Tartu_linnavalitsus, lk 104
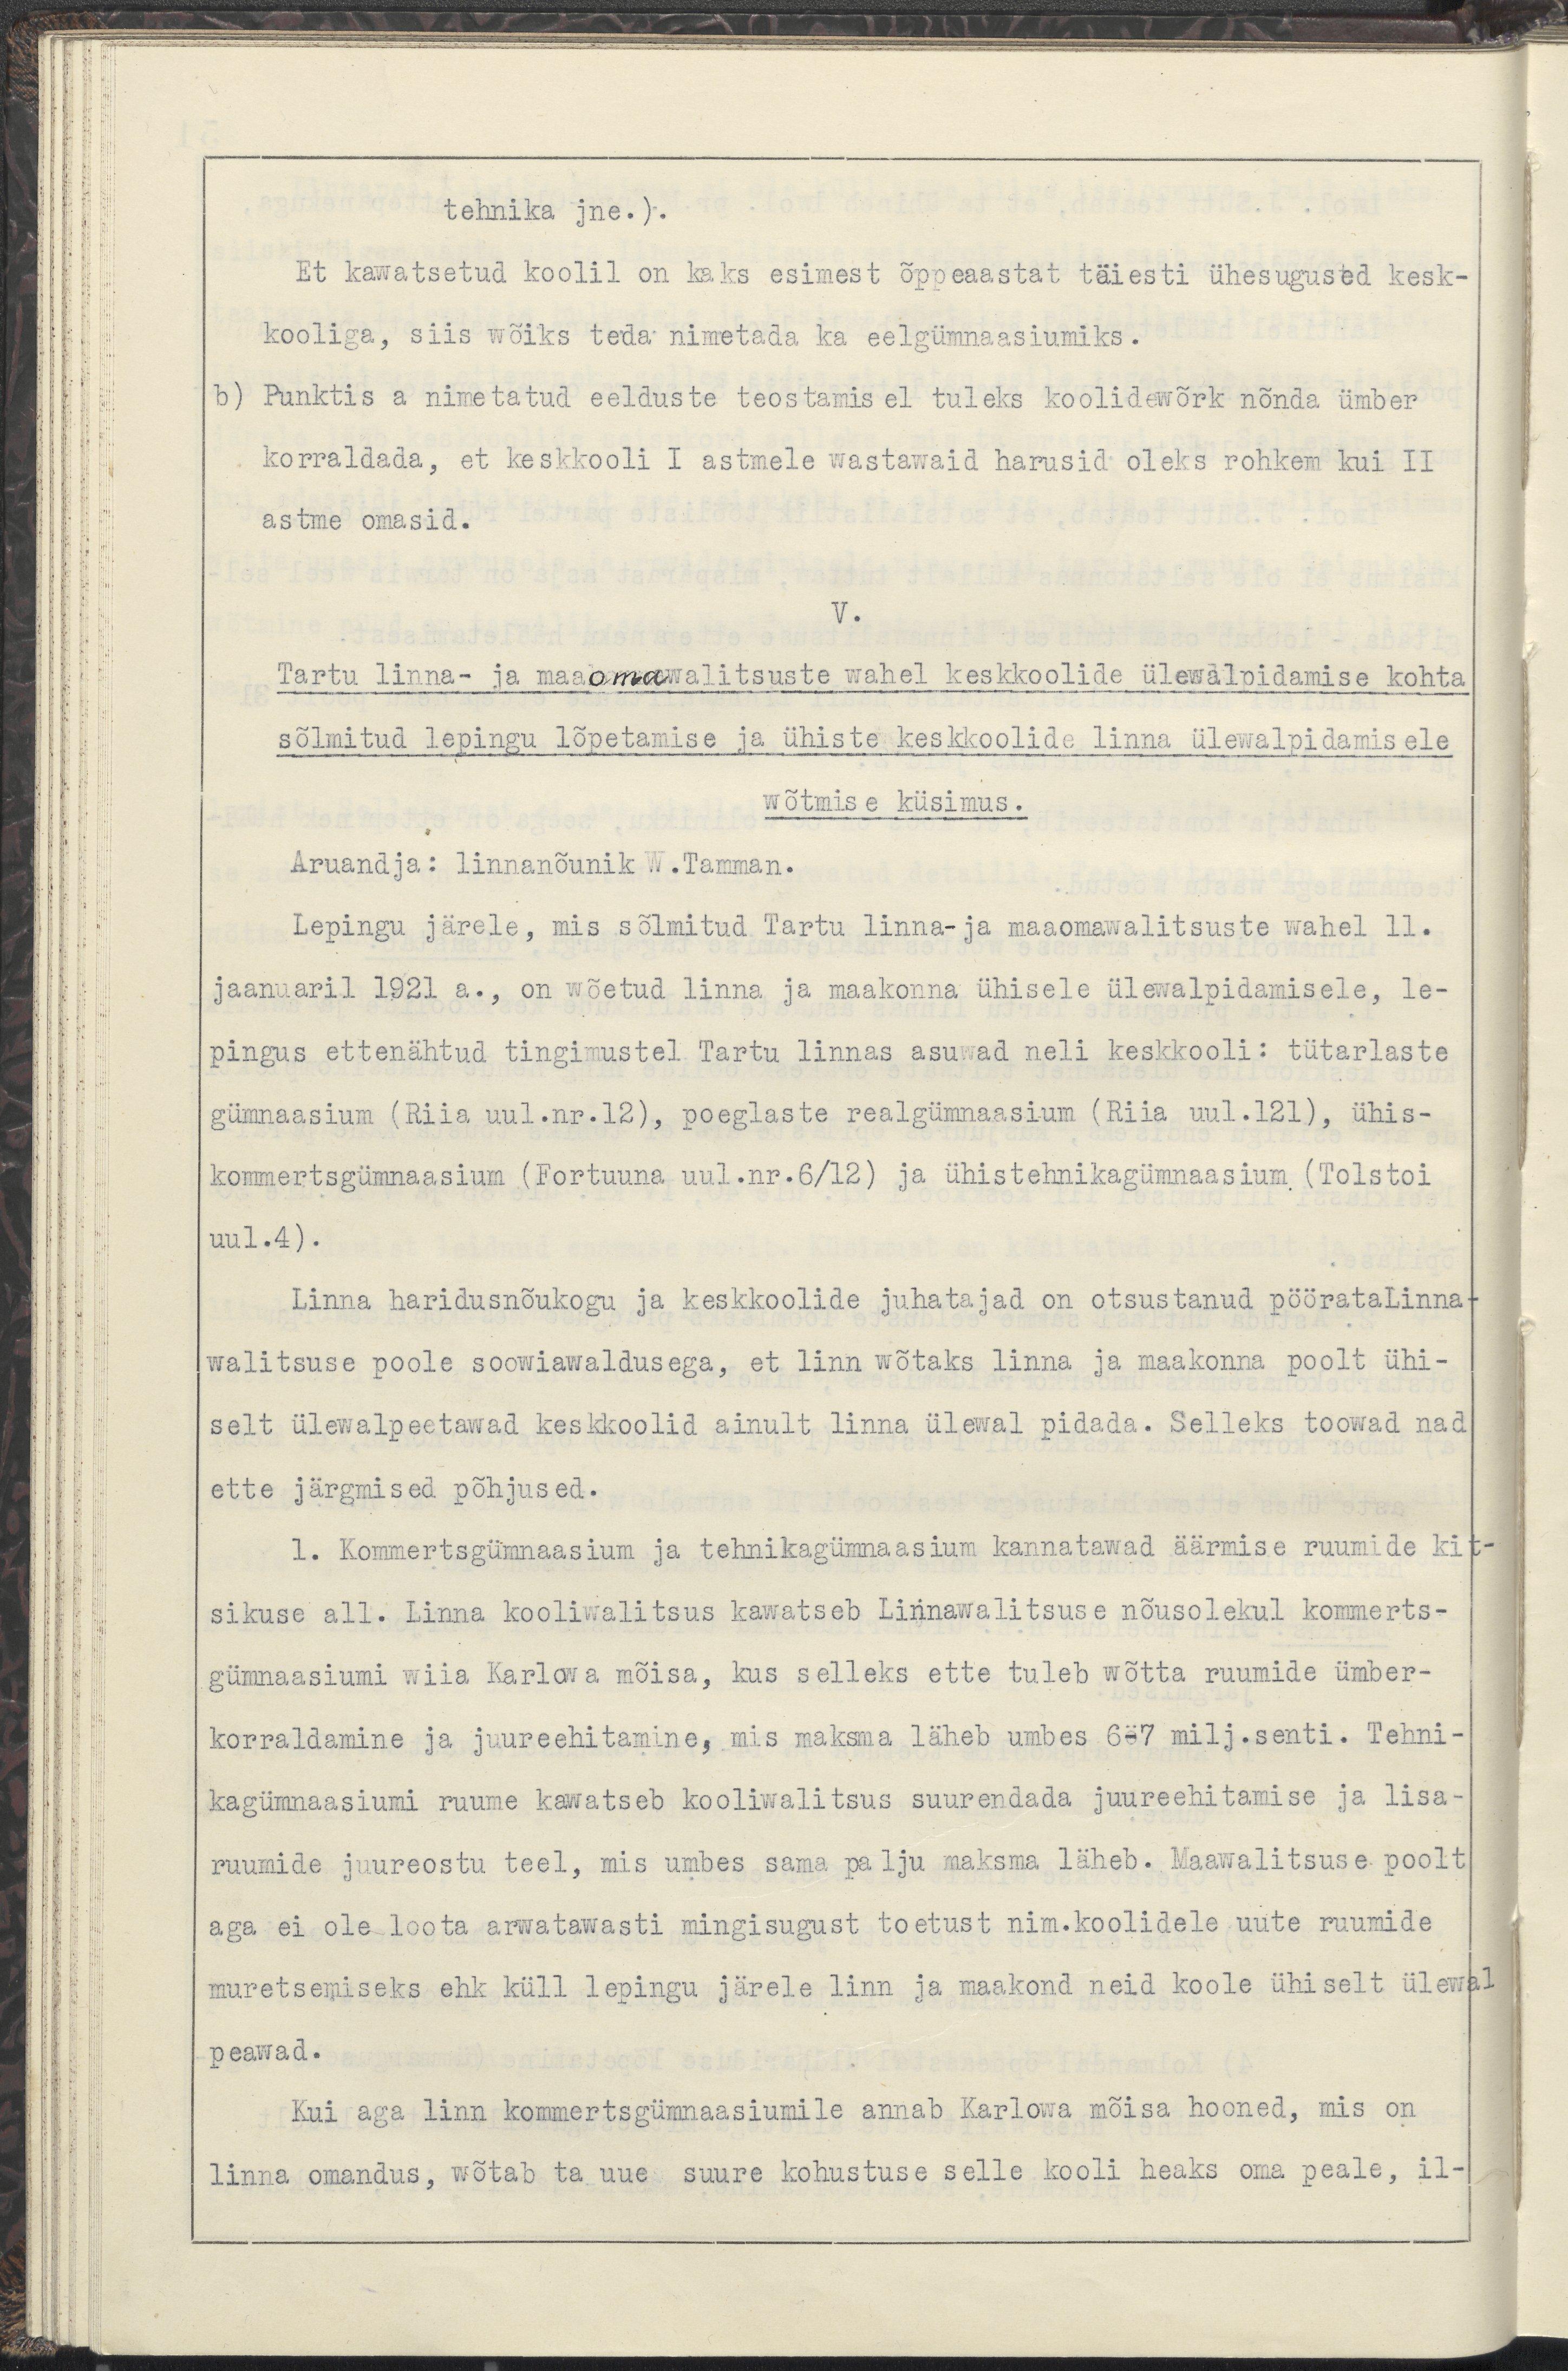
tehnika jne.).
Et kawatsetud koolil on kaks esimest õppeaastat täiesti ühesugused kesk-
kooliga, siis wõiks teda nimetada ka eelgümnaasiumiks.
b) Punktis a nimetatud eelduste teostumisel tuleks koolidewõrk nõnda ümber
korraldada, et keskkooli I astmele wastawaid harusid oleks rohkem kui II 
astme omasid.
V.
Tartu linna-ja maaomawalitsuste wahel keskkoolide ülewalpidamise kohta
sõlmitud lepingu lõpetamise ja ühiste keskkoolide linna ülewalpidamisele 
wõtmise küsimus. 
Aruandja: Linnanõunik W.Tamman.
Lepingu järele, mis sõlmitud Tartu linna- ja maaomawalitsuste wahel 11.
jaanuaril 1921 a., on wõetud linna ja maakonna ühisele ülewalpidamisele, le-
pingus ettenähtud tingimustel Tartu linnas asuwad neli keskkooli: tütarlaste
gümnaasium (Riia uul.nr.12) poeglaste reaalgümnaasium (Riia uul.121), ühis-
kommertsgümnaasium (Fortuuna uul.nr.6/12) ja ühistehnikagümnaasium (Tolstoi
uul.4).
Linna haridusnõukogu ja keskkoolide juhatajad on otsustanud pöörataLinna-
walitsuse poole soowiawaldusega, et linn wõtaks linna ja maakonna poolt ühi-
selt ülewalpeetawad keskkoolid ainult linna ülewal pidada. Selleks toowad nad
ette järgmised põhjused.
1. Kommertsgümnaasium ja tehnikagümnaasium kannatawad äärmise ruumide kit-
sikuse all. Linna kooliwalitsus kawatseb Linnawalitsuse nõusolekul kommerts-
gümnaasiumi wiia Karlowa mõisa, kus selleks ette tuleb wõtta ruumide ümber-
korraldamine ja juureehitamine, mis maksma läheb umbes 6-7 milj.senti. Tehni-
kagümnaasiumi ruume kawatseb kooliwalitsus suurendada juurdeehitamise ja lisa-
ruumide juureostu teel, mis umbes sama palju maksma läheb. Maawalitsuse poolt
aga ei ole loota arwatawasti mingisugust toetust nim.koolidele uute ruumide 
muretsemiseks ehk küll lepingu järele linn ja maakond neid koole ühiselt ülewal
peawad. 
Kui aga linn kommertsgümnaasiumile annab Karlowa mõisa hooned, mis on
linna omadus, wõtab ta uue suure kohustuse selle kooli heaks oma peale, il-